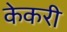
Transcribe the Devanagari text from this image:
केकरी